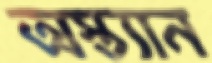
অস্ত্যান